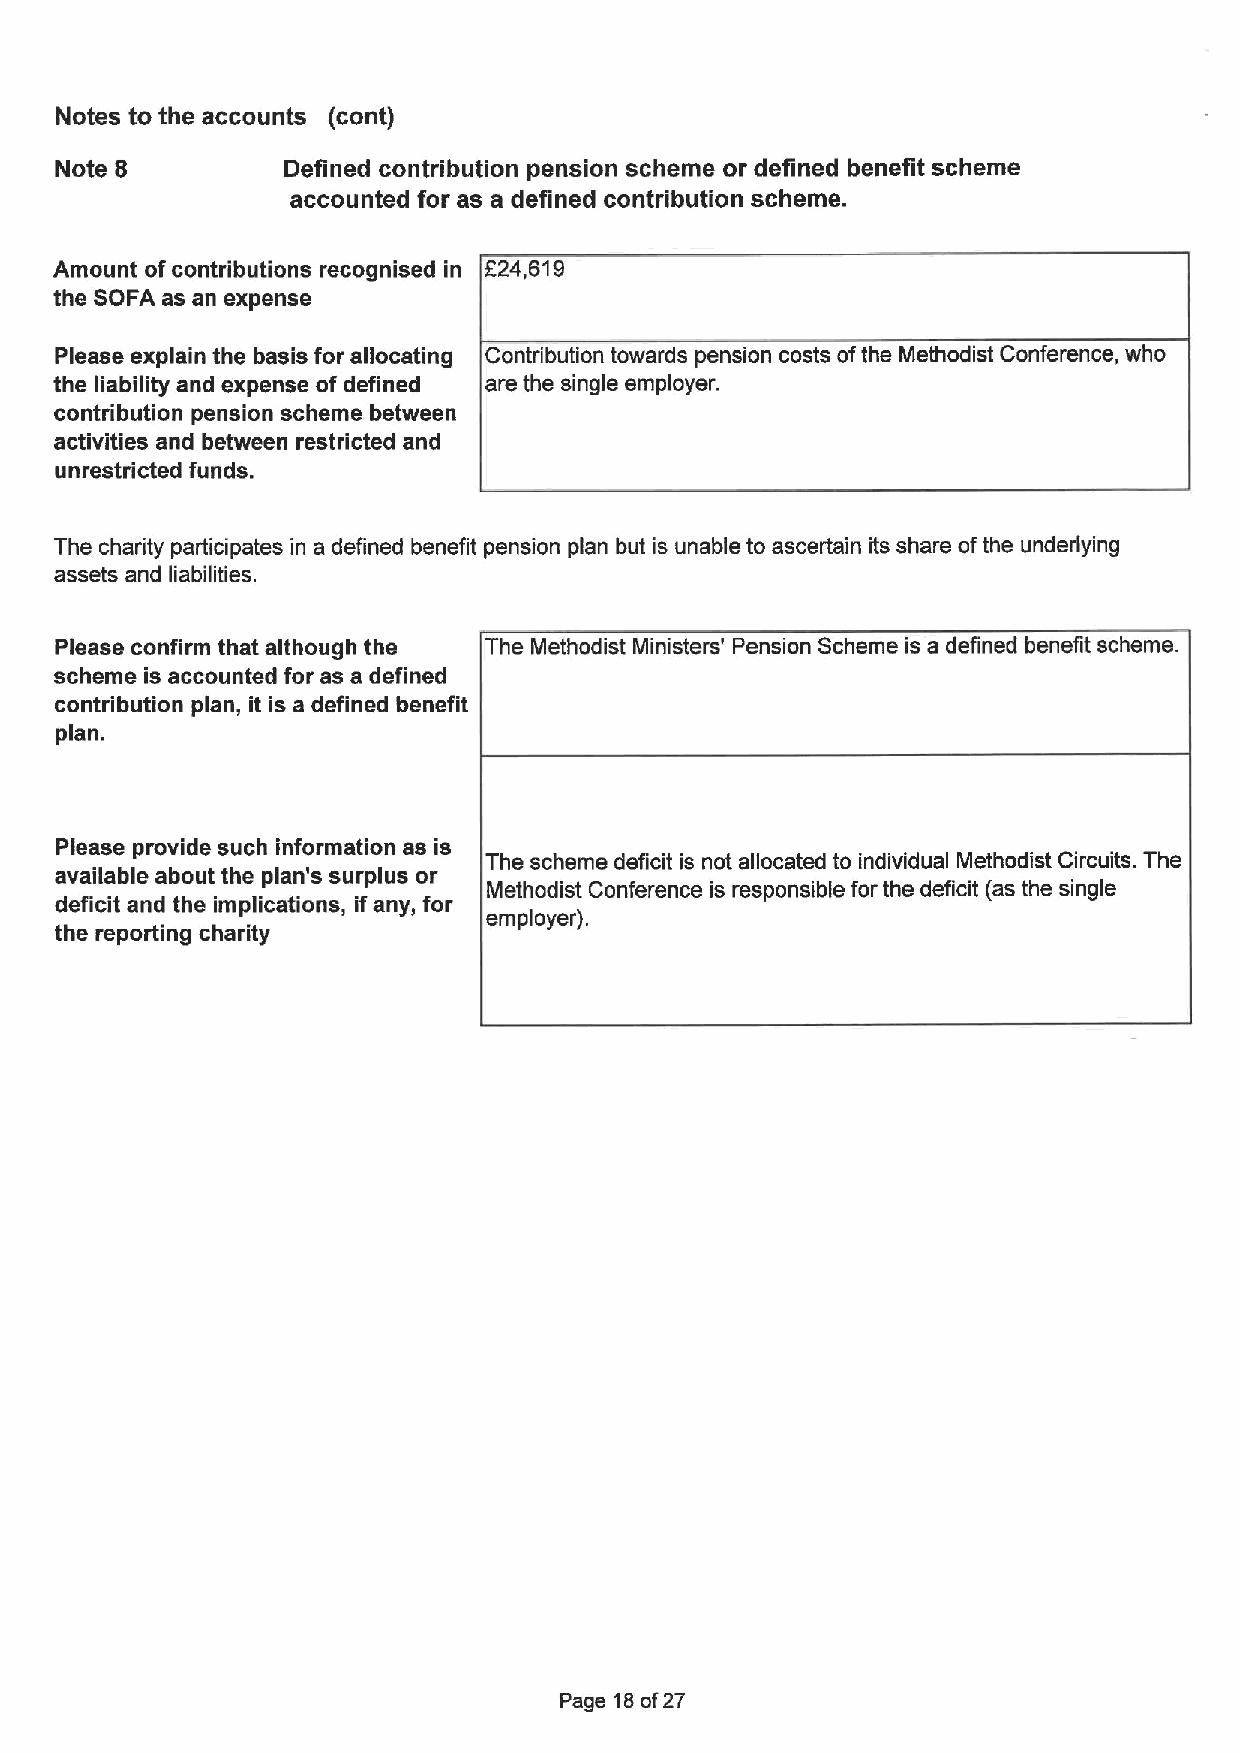
Notes to the accounts (cont)
 Note 8         Defined contribution pension scheme or defined benefit scheme
 accounted for as a defined contribution scheme.
 Amount ofcontributions recognised in F24,619
 the SOFA as an expense
 Please explain the basis for allocating Contribution towards pension costs ofthe Methodist Conference, who
 the liability and expense of defined are the single employer.
 contribution pension scheine between
 activities and between restricted and
 unrestricted funds.
 The charity participates in a defined benefit pension plan but is unable to ascertain its share ofthe underlying
 assets and liabilities.
 Please confirm that although the The Methodist Ministers' Pension Scheme is a defined benefit scheme.
 scheme is accounted for as a defined
 contribution plan, it is a defined benefit
 plan.
 Please provide such information as is
 The scheme deficit is not allocated to individual Methodist Circuits. The
 available about the plan's surplus or
 Methodist Conference is responsible for the deficit (as the single
 deficit and the implications, ifany, for
 employer).
 the reporting charity
 Page 18of27